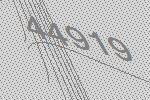
44919